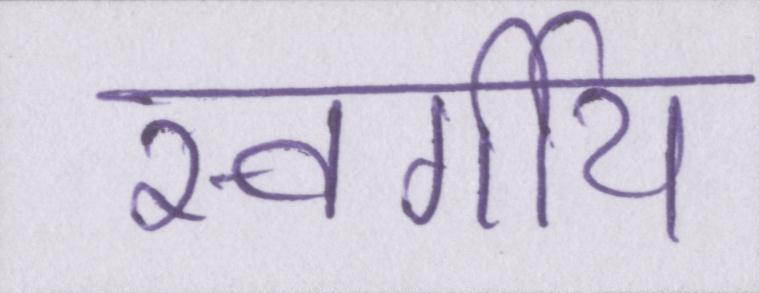
स्वर्गीय